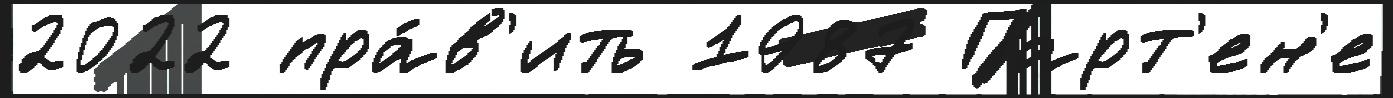
2022 пра́в'ить 1987 Парт'ен'е